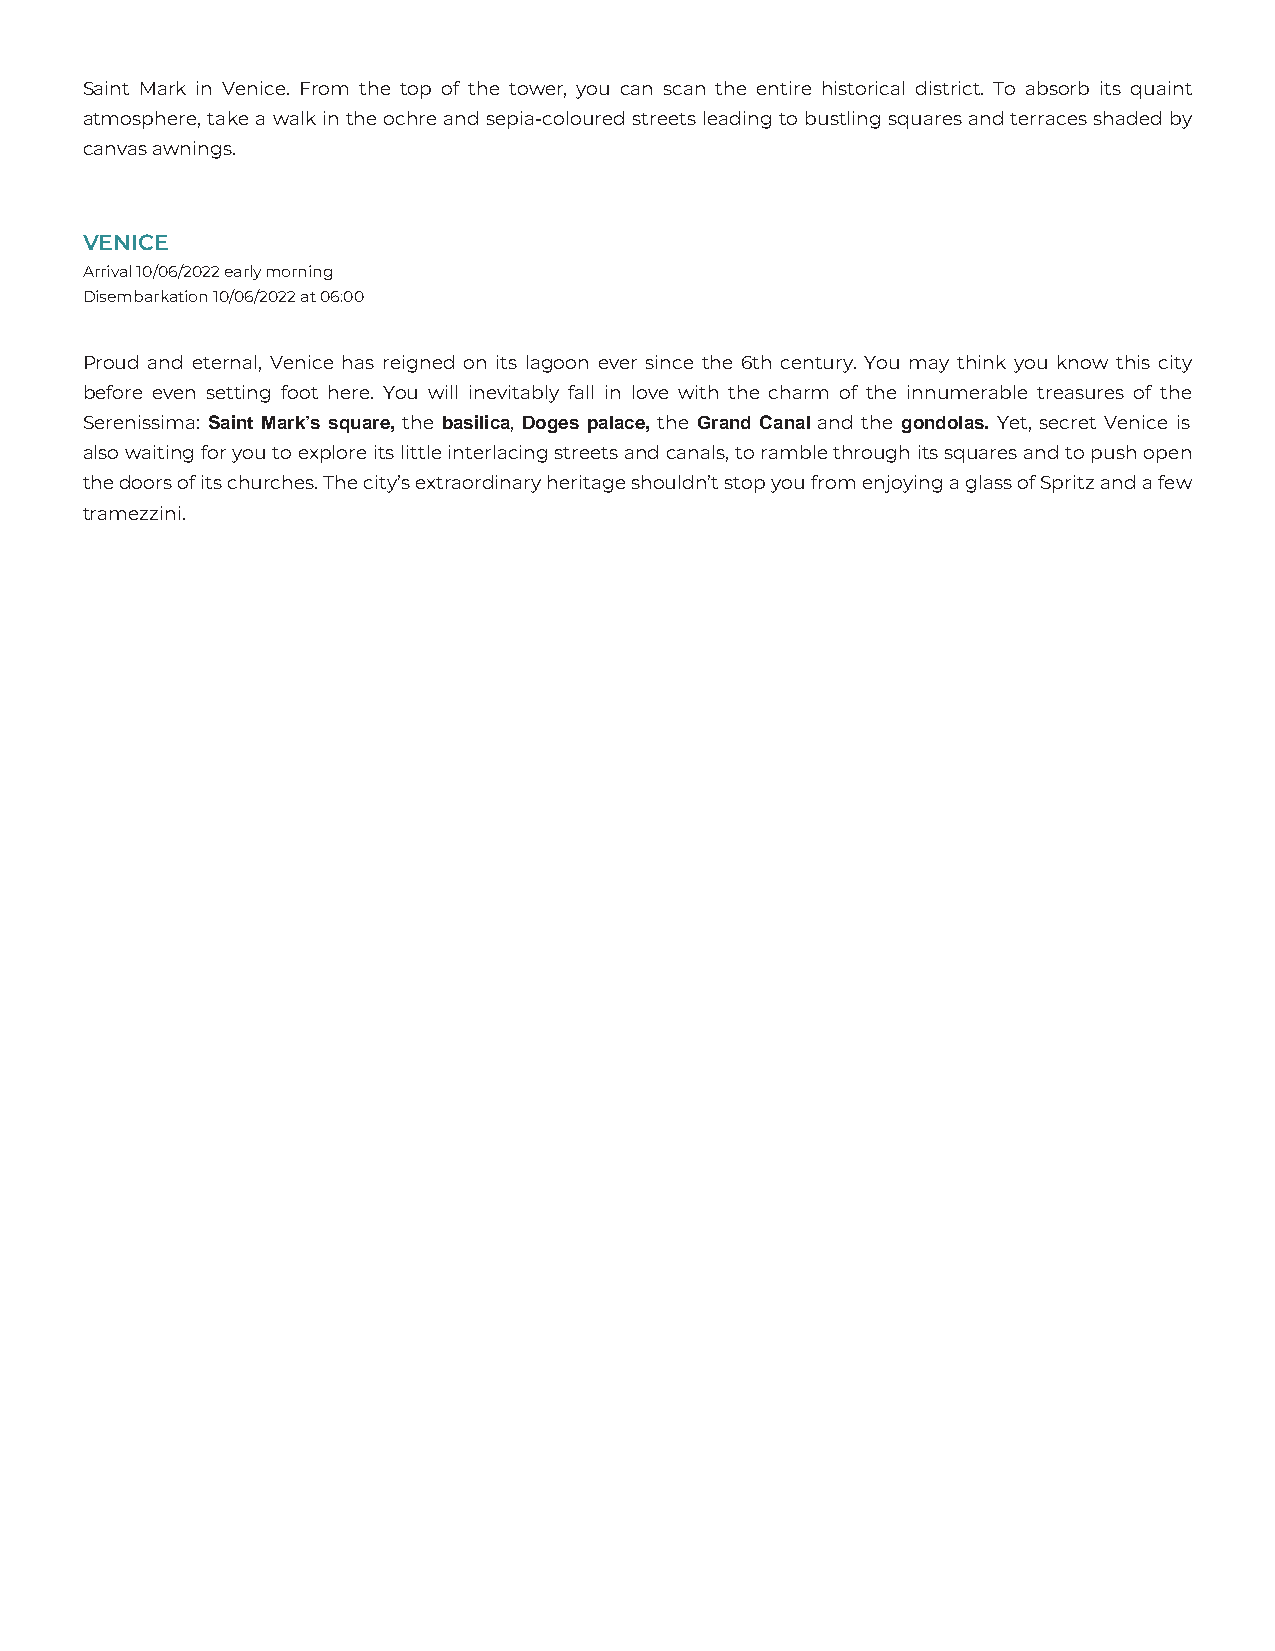
Saint Mark in Venice. From the top of the tower, you can scan the entire historical district. To absorb its quaint
 atmosphere, take a walk in the ochre and sepia-coloured streets leading to bustling squares and terraces shaded by
 canvas awnings.
 VENICE
 Arrival 10/06/2022 early morning
 Disembarkation 10/06/2022 at 06:00
 Proud and eternal, Venice has reigned on its lagoon ever since the 6th century. You may think you know this city
 before even setting foot here. You will inevitably fall in love with the charm of the innumerable treasures of the
 Serenissima: Saint Mark’s square, the basilica, Doges palace, the Grand Canal and the gondolas. Yet, secret Venice is
 also waiting for you to explore its little interlacing streets and canals, to ramble through its squares and to push open
 the doors of its churches. The city’s extraordinary heritage shouldn’t stop you from enjoying a glass of Spritz and a few
 tramezzini.